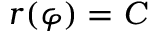
r ( \varphi ) = C